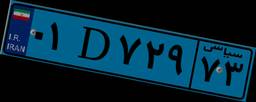
۱۴D۷۳۱۱۳